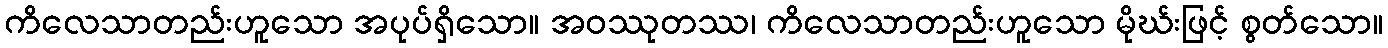
ကိလေသာတည်းဟူသော အပုပ်ရှိသော။ အဝဿုတဿ၊ ကိလေသာတည်းဟူသော မိုဃ်းဖြင့် စွတ်သော။